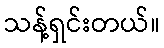
သန့်ရှင်းတယ်။